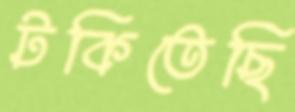
টকিতেছি